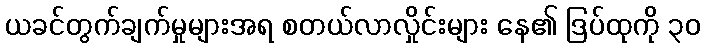
ယခင်တွက်ချက်မှုများအရ စတယ်လာလှိုင်းများ နေ၏ ဒြပ်ထုကို ၃၀